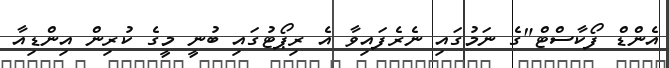
އެންޑް ފޯކާސްޓް"ގެ ނަމުގައި ނެރެފައިވާ އެ ރިޕޯޓުގައި ބުނީ މީގެ ކުރިން އިންޑިއާ